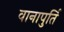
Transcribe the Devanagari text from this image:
वानापुर्ति